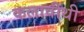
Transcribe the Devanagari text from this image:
कलावीथी